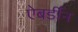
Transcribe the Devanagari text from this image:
ऐबर्डीन